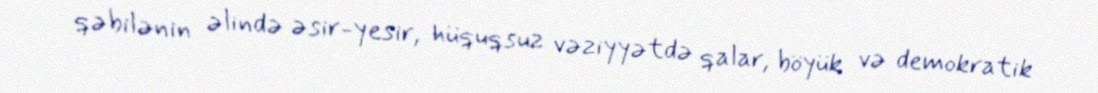
qəbilənin əlində əsir-yesir, hüquqsuz vəziyyətdə qalar, böyük və demokratik